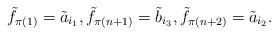
LaTeX: \begin{align*}\tilde f_{\pi(1)} = \tilde a_{i_1}, \tilde f_{\pi(n+1)}=\tilde b_{i_3},\tilde f_{\pi(n+2)}= \tilde a_{i_2}.\end{align*}